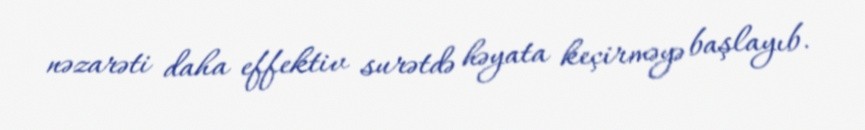
nəzarəti daha effektiv surətdə həyata keçirməyə başlayıb.